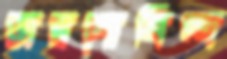
জয়গোবিন্দ